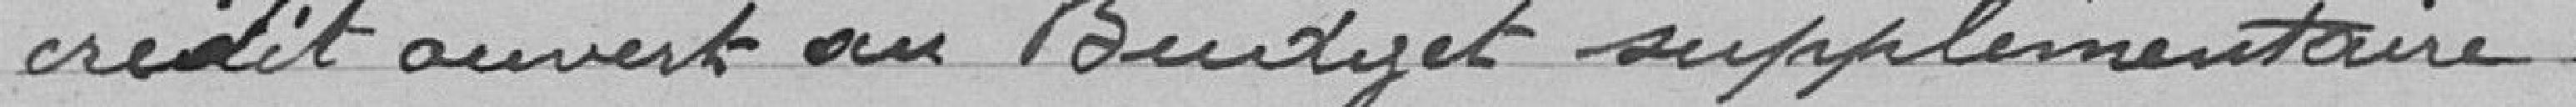
crédit ouvert au Budget supplémentaire.